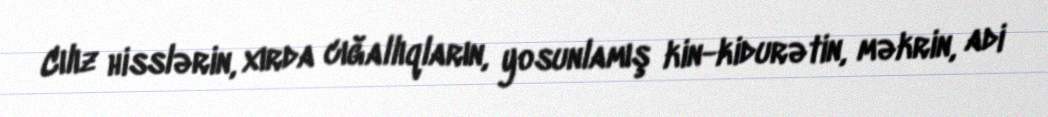
Cılız hisslərin, xırda cığallıqların, yosunlamış kin-kidurətin, məkrin, adi